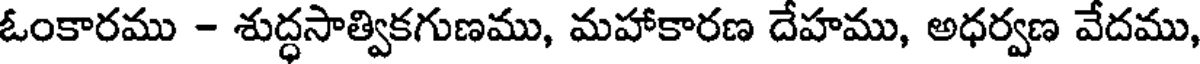
ఓంకారము - శుద్ధసాత్వికగుణము, మహాకారణ దేహము, అధర్వణ వేదము,